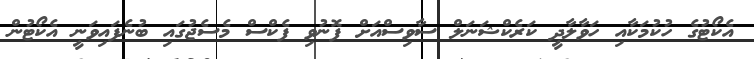
އެކޯޓުގެ ހުކުމަކާއި ހަވާލާދީ ކަރެކްޝަނަލް ސާވިސްއަށް ފޮނުވި ފެކްސް މެސެޖުގައި ބުނެފައިވަނީ އެކޯޓުން